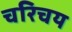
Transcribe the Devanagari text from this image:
चरिचय